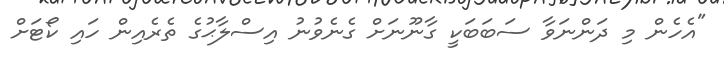
"އެހެން މި ދަންނަވާ ސަބަބަކީ ގާނޫނަށް ގެނެވުނު އިސްލާޙުގެ ތެރެއިން ހައި ކޯޓަށް